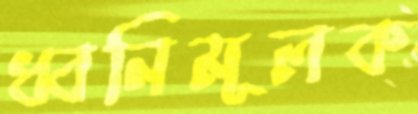
ধ্বনিমূলক